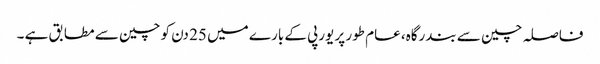
فاصلہ چین سے بندرگاہ، عام طور پر یورپی کے بارے میں 25 دن کو چین سے مطابق ہے ۔